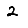
Digit: 2